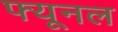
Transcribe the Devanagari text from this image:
फ्यूनल